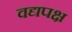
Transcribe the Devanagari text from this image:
वद्यपक्ष